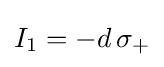
I_{1}=-d\,\sigma _{\mathrm {+} }